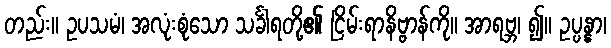
တည်း။ ဥပသမံ၊ အလုံးစုံသော သင်္ခါရတို့၏ ငြိမ်းရာနိဗ္ဗာန်ကို။ အာရဗ္ဘ၊ ၍။ ဥပ္ပန္နာ၊